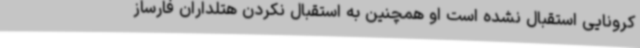
کرونایی استقبال نشده است او همچنین به استقبال نکردن هتلداران فارساز